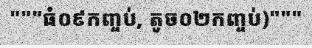
"""ធំ០៩កញ្ចប់, តូច០២កញ្ចប់)"""